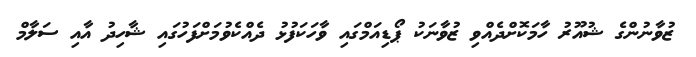
ޒުވާނުންގެ ޝުއޫރު ހާމަކޮށްދެއްވި ޒުވާނަކު ޕޯޑިއަމްގައި ވާހަކަފުޅު ދެއްކެވުމަށްފަހުގައި ޝާހިދު އާއި ސަލާމް